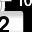
Digit: 2